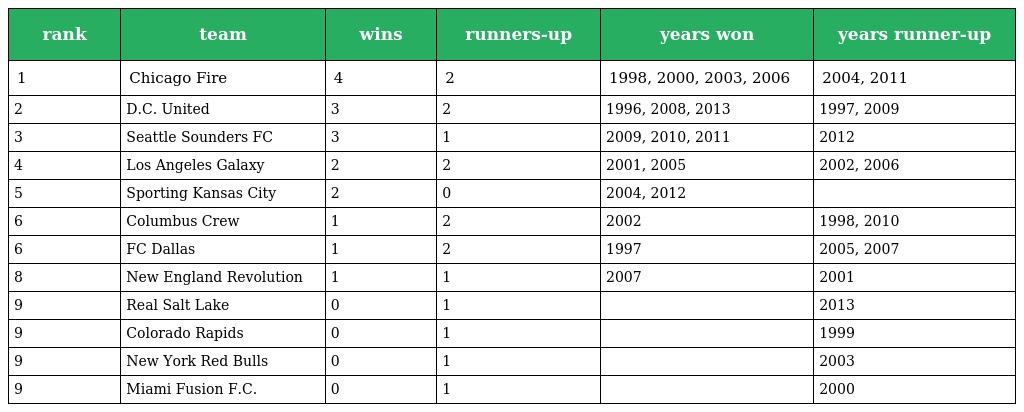
| rank | team | wins | runners-up | years won | years runner-up |
 | --- | --- | --- | --- | --- | --- |
 | 1 | Chicago Fire | 4 | 2 | 1998, 2000, 2003, 2006 | 2004, 2011 |
 | 2 | D.C. United | 3 | 2 | 1996, 2008, 2013 | 1997, 2009 |
 | 3 | Seattle Sounders FC | 3 | 1 | 2009, 2010, 2011 | 2012 |
 | 4 | Los Angeles Galaxy | 2 | 2 | 2001, 2005 | 2002, 2006 |
 | 5 | Sporting Kansas City | 2 | 0 | 2004, 2012 |  |
 | 6 | Columbus Crew | 1 | 2 | 2002 | 1998, 2010 |
 | 6 | FC Dallas | 1 | 2 | 1997 | 2005, 2007 |
 | 8 | New England Revolution | 1 | 1 | 2007 | 2001 |
 | 9 | Real Salt Lake | 0 | 1 |  | 2013 |
 | 9 | Colorado Rapids | 0 | 1 |  | 1999 |
 | 9 | New York Red Bulls | 0 | 1 |  | 2003 |
 | 9 | Miami Fusion F.C. | 0 | 1 |  | 2000 |